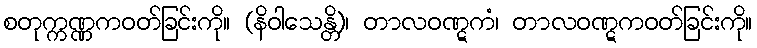
စတုက္ကဏ္ဏကဝတ်ခြင်းကို။ (နိဝါသေန္တိ)၊ တာလဝဏ္ဋကံ၊ တာလဝဏ္ဋကဝတ်ခြင်းကို။